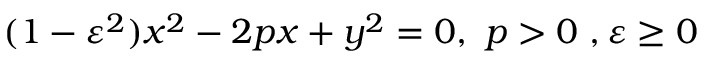
( 1 - \varepsilon ^ { 2 } ) x ^ { 2 } - 2 p x + y ^ { 2 } = 0 , \ p > 0 \ , \varepsilon \geq 0